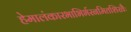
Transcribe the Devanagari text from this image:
हेमालंकारभाभिर्भरनमितशिखैः